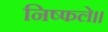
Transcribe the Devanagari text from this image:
निष्फले।।